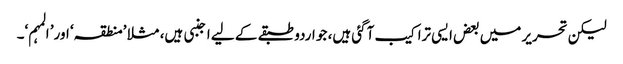
لیکن تحریر میں بعض ایسی تراکیب آگئی ہیں، جو اردو طبقے کے لیے اجنبی ہیں، مثلا ’منطقہ‘ اور’ المہم‘۔